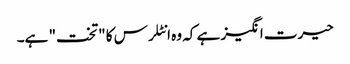
حیرت انگیز ہے کہ وہ انٹلرس کا "تخت" ہے۔